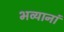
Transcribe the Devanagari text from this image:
भव्यानां